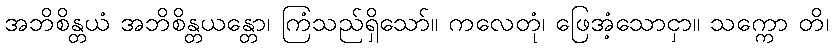
အဘိစိန္တယံ အဘိစိန္တယန္တော၊ ကြံသည်ရှိသော်။ ကလေတုံ၊ ဖြေအံ့သောငှာ။ သက္ကော တိ၊